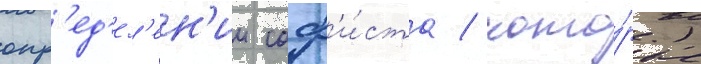
опр'ед'ел'ен'ии соф'и́ста / кото́рые